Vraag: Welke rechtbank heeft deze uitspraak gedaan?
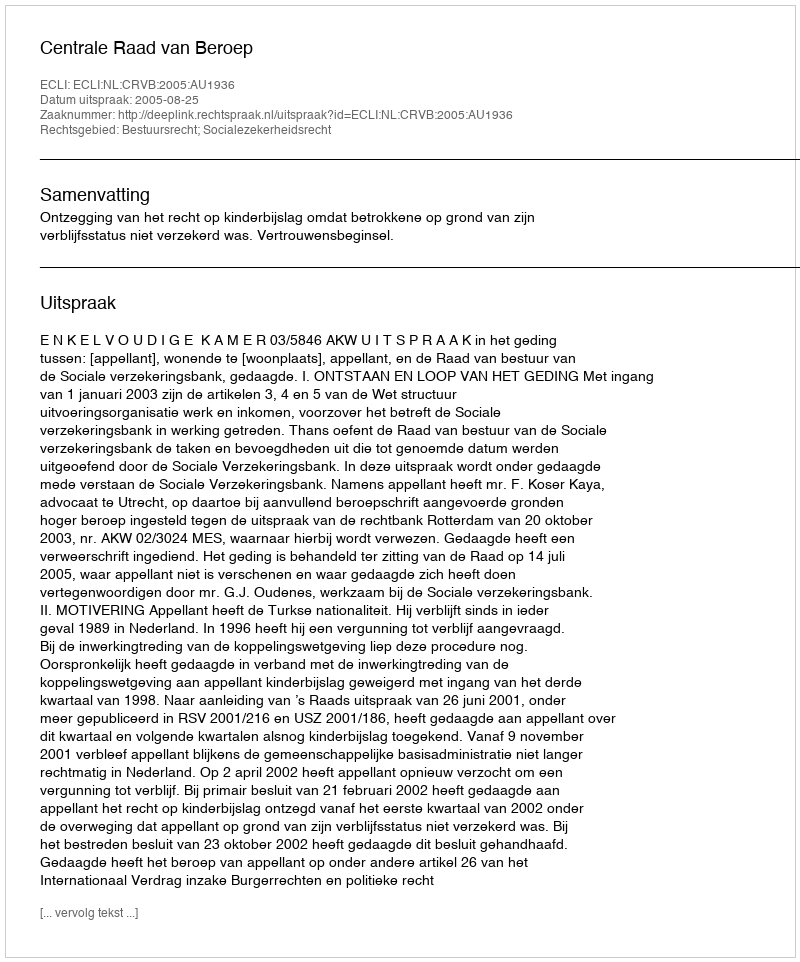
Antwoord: Centrale Raad van Beroep